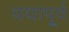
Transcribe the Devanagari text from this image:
यथापू्र्व